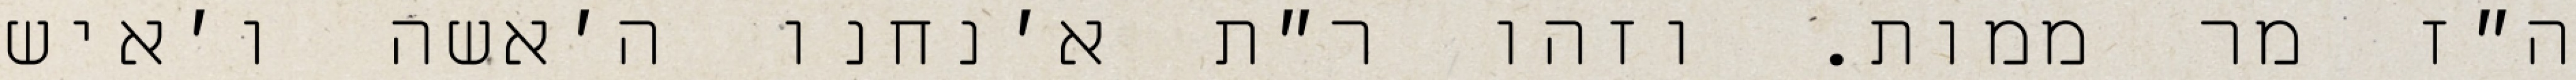
ה״ז מר ממות. וזהו ר״ת א׳נחנו ה׳אשה ו׳איש